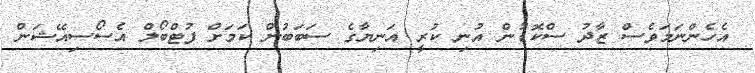
އެހެންނަމަވެސް ޒާދު ސްކޮޑުން އުނި ކުރީ އަނިޔާގެ ސަބަބުން ކަމަށް ފުޓްބޯލް އެސޯސިއޭޝަން